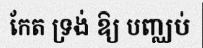
កែត ទ្រង់ ឱ្យ បញ្ឈប់